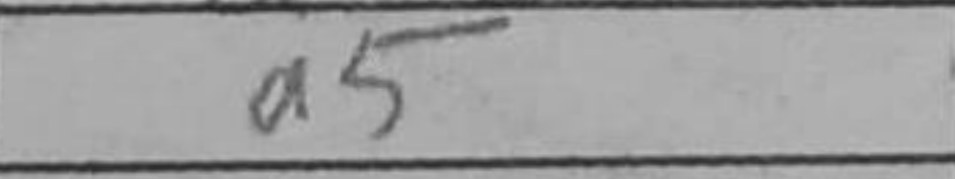
Transcription: a5